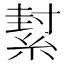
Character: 𦂌